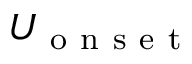
U _ { \mathrm { ~ o ~ n ~ s ~ e ~ t ~ } }